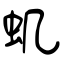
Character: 虮